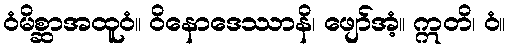
ဝံမိစ္ဆာအထူဝံ။ ဝိနောဒေဿာနိ၊ ဖျော်အံ့။ ဣတိ၊ ဝံ။